Vaccination North-Western Provinces and Oudh 1878-1895 - 1878-1895
Year: 1878
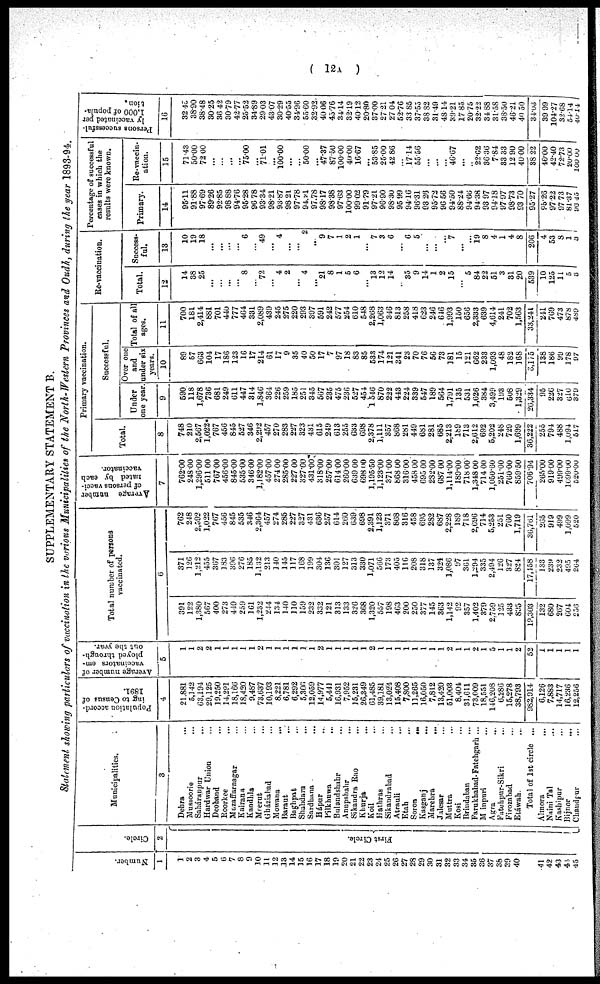
( 12A )
SUPPLEMENTARY STATEMENT B.
Statement showing particulars of vaccination in the various Municipalities of the North-Western Provinces and Oudh, du
Number
1
1
2
3
4
5
6
7
8
9
10
11
12
13
14
l5
l6
17
18
19
20
21
22
23
24
25
26
27
28
29
30
31
32
33
34
35
36
37
38
39
40
41
42
43
44
45
Circle
2
First Circle
Municipalities
3
Dehra ...
Mussoorie ...
Saháranpur ...
Hardwar Union ...
Deoband ...
Roorkee ...
Muzaffarnagar ...
Kairana ...
Kandhla ...
Meerut ...
Gháziabad ...
Mowana
...
Baraut ...
Baghpat ...
Shahdara ...
Sardhana ...
Hápur ...
Pilkhuwa ...
Bulandshahr ...
Anupshahr ...
Sikandra Rao ...
Khurja ...
Koil ...
Hathras ...
Sikandrabad ...
Atrauli ...
Etah ...
Soron ...
Kasganj
...
Marehra
...
Jalesar ...
Muttra ...
Kosi ...
Brindaban ...
Farukhabad-Fatehgarh ...
Mainpuri ...
Agra ...
Fatehpur Sikri ...
Firozabad ...
Etáwah ...
Total of 1st circle ...
Almora
...
Naini Tal ...
Kashipur ...
Bijnor
...
Chandpur ...
Population accord-
ing to Census of
1891.
4
21,881
5,142
63,194
29,125
19,250
14,291
18,166
18,420
9,487
73,637
10,193
8,221
6,781
6,292
5,306
12,059
14,977
5,441
16,931
7,952
15,231
26,349
61,485
39,181
13,024
15,408
7,800
11,265
16,050
7,812
13,420
51,003
8,404
31,611
73,009
18,551
146,208
6,286
15,278
38,793
982,914
6,126
7,883
14,717
16,236
12,256
Average number of
vaccinators em-
ployed through-
out
the
year.
5
1
1
2
2
1
1
1
1
1
2
1
1
1
1
1
1
2
1
1
1
1
1
2
1
1
1
1
1
1
1
1
1
1
1
2
1
5
1
1
2
53
1
1
1
1
1
Total number of persons
vaccinated.
6
391
122
1,380
567
400
273
449
259
161
1,232
244
134
140
110
159
232
332
121
313
133
326
368
1,320
557
198
463
200
250
377
145
363
1,142
92
357
1,402
379
2,759
125
433
895
19,303
132
680
267
604
256
371
126
1,212
455
367
183
396
276
185
1,132
213
140
145
117
168
199
304
136
301
127
313
330
1,071
566
173
405
116
208
318
137
324
1,086
97
361
1,294
335
2,494
126
327
824
17,158
133
239
232
495
264
762
248
2,592
1,022
767
456
845
535
346
2,364
457
274
285
227
327
431
636
257
614
260
639
698
2,391
1,123
371
868
316
458
695
282
687
2,228
189
718
2,696
714
5,253
251
760
1,719
36,761
265
919
499
1,099
520
Average
number
of persons vacci-
nated
by
each
vaccinator
7
762.00
248.00
1,296.00
511.00
767.00
456.00
845.00
535.00
346.00
1,182.00
457.00
274.00
285.00
227.00
327.00
431.00
318.00
257.00
614.00
260.00
639.00
698.00
1,195.50
1,123.00
371.00
868.00
316.00
458.00
695.00
282.00
687.00
1,114.00
189.00
718.00
1,348.00
714.00
1,050.60
251.00
760.00
859.50
706.94
265.00
919.00
499.00
1099.00
520.00
Primary vaccination
Total
8
748
210
2,567
1,022
767
456
845
527
346
2,292
457
270
283
227
323
431
615
249
613
255
633
698
2,378
1,111
357
868
281
449
681
281
685
2,213
189
713
2,612
692
5,202
248
729
1,699
36,222
255
794
488
1,094
517
Successful
Under
one year
9
590
118
1,678
736
681
249
611
447
314
1,846
364
226
259
185
251
345
567
235
475
236
527
454
1,546
870
222
443
224
339
547
189
564
1,791
135
531
1,626
384
3,499
193
508
1,329
26,334
95
226
327
610
379
Over one
and
under six
years
10
89
57
663
104
17
186
123
16
17
214
61
17
9
35
40
50
17
7
97
18
83
85
533
174
121
341
23
70
76
56
73
181
15
121
662
233
1,093
48
182
168
3,175
138
186
99
178
97
Total of all
ages
11
700
181
2,414
881
701
440
777
464
331
2,089
439
245
275
220
293
397
591
242
577
254
610
548
2,268
1,063
346
813
258
418
623
246
646
1,993
150
656
2,333
639
4,614
241
702
1,563
33,241
241
769
473
878
489
Re vaccination
Total
12
14
38
25
...
...
...
...
8
...
72
...
4
2
...
4
...
21
8
1
5
6
...
13
12
14
...
35
9
14
1
2
15
...
5
84
22
51
3
31
20
539
10
125
11
5
3
Success-
ful
13
10
19
18
...
...
...
...
6
...
49
...
4
...
...
2
...
9
7
1
2
1
...
7
3
6
...
6
5
...
...
...
7
...
...
19
8
4
1
4
8
206
4
53
8
1
3
Percentage of successful
cases in which the
results were known.
Primary
14
95.11
91.88
97.69
89.26
92.85
98.88
94.76
95.28
96.78
93.34
98.21
93.87
98.21
97.78
94.21
97.78
98.17
98.38
97.63
100.00
99.02
91.79
97.21
96.90
98.30
95.99
94.16
96.31
93.26
95.72
96.56
94.50
88.24
94.66
94.38
93.97
94.18
97.97
98.73
93.70
95.27
95.26
97.22
97.73
81.37
96.45
Re vaccin-
ation
15
71.43
50.00
72.00
...
...
...
...
75.00
...
71.01
...
100.00
...
...
50.00
...
47.37
87.50
100.00
40.00
16.67
...
53.85
25.00
42.86
...
17.14
55.56
...
...
...
46.67
...
...
22.62
36.36
7.84
33.33
12.90
40.00
38.22
40.00
42.40
72.73
20.00
100.00
Persons successful-
ly vaccinated per
1,000 of popula-
tion.
16
32.45
38.90
38.48
30.25
36.42
30.79
42.77
25.52
34.89
29.03
43.07
30.29
40.55
34.96
55.60
32.92
40.06
45.76
34.14
32.19
40.12
20.80
37.00
27.21
27.04
52.76
33.85
37.55
38.82
31.49
48.14
39.21
17.85
20.75
32.22
34.88
31.58
38.50
46.21
40.50
34.03
39.99
104.27
32.68
54.14
40.44